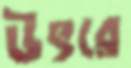
উৎরে